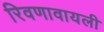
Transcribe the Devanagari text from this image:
रिवणावायली